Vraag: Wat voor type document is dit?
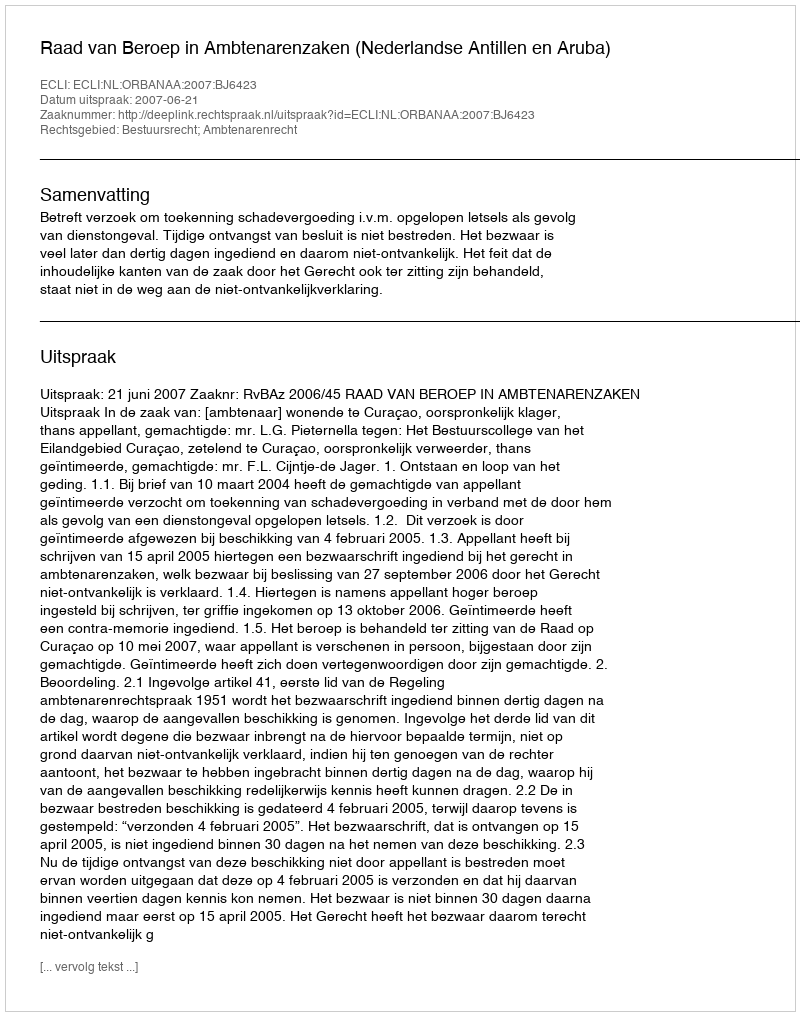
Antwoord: Uitspraak